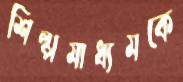
শিল্পমাধ্যমকে